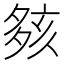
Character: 㚊